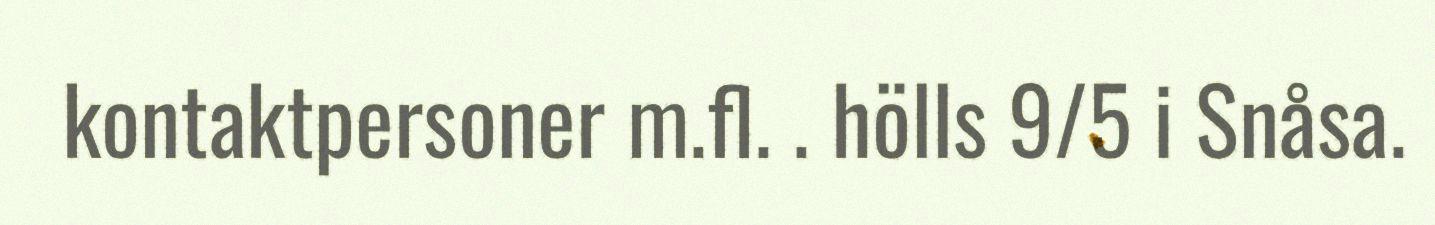
kontaktpersoner m.fl. . hölls 9/5 i Snåsa.